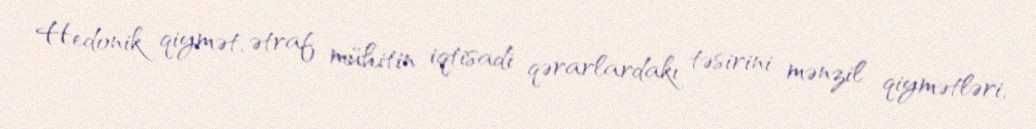
Hedonik qiymət, ətraf mühitin iqtisadi qərarlardakı təsirini mənzil qiymətləri,